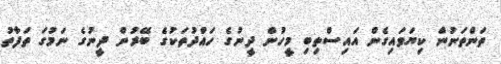
ތަންތަނުން ކިޔަވައިގެން އައިސްތިބި މީހުން ދީނުގެ ހައްދުތަކުގެ ބޭރުން ދީނުގެ ނަމުގަ ތަފާތު